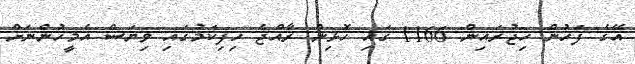
އޭގެ ފަހުން ހިޖުރައިން 1166 ގައި ހޮޅިން ރާއްޖެ ހިފިކަމުގައި ވިޔަސް އެމީހުންނަށް